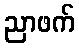
ညာဖက်